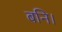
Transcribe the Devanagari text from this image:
बनि।